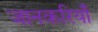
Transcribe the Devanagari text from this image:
जानकरियाँ